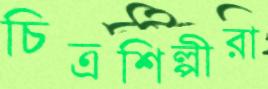
চিত্রশিল্পীরা